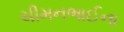
ચીમનભાઈના